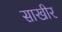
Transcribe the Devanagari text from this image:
साखीर